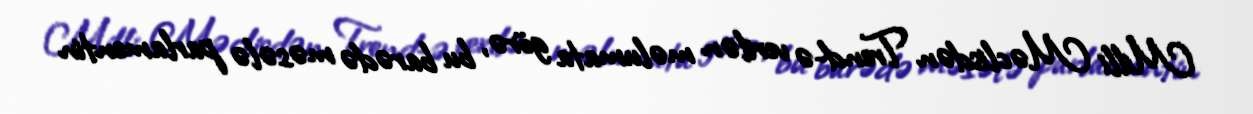
Milli Məclisdən Trend-ə verilən məlumata görə, bu barədə məsələ parlamentin